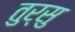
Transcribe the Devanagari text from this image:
तुर्सु